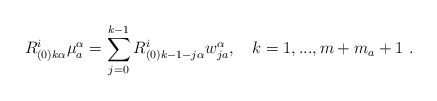
\begin{align*}R^i_{(0)k\alpha}\mu^\alpha_a=\sum_{j=0}^{k-1}R^i_{(0)k-1-j\alpha}w^\alpha_{ja},\quad k=1,...,m+m_a+1\ .\end{align*}